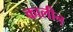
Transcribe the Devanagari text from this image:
कालीन्